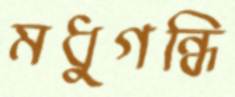
মধুগন্ধি